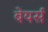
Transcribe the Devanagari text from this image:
बेयर्स